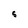
Character: S